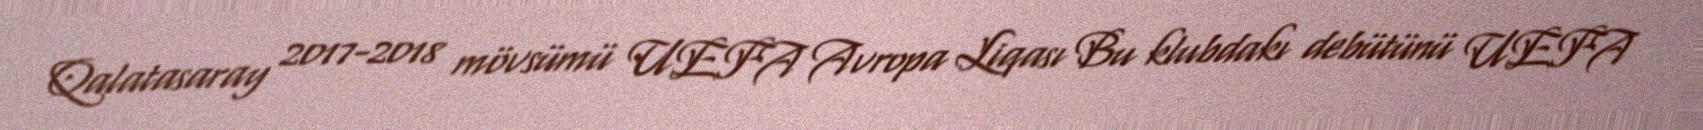
Qalatasaray 2017-2018 mövsümü UEFA Avropa Liqası Bu klubdakı debütünü UEFA